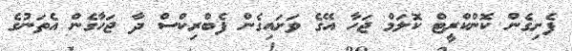
ފެށިގެން ކޮންކްރީޓް ކޮލަމް ޖަހާ އޭގެ ވަށައިގެން ފެބްރިކްސް ދާ ޖަހާގެން އެތަނުގެ